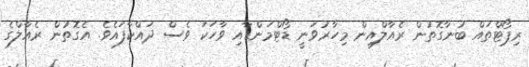
ރިޕޯޓްތައް ބުނާގޮތުން ރެއާލްއިން މިހާރުވަނީ ޑޯޓްމަންޑާއި ވާހަކަ ވެސް ދައްކާފައެވެ. އެގޮތުން ރެއާލްގެ